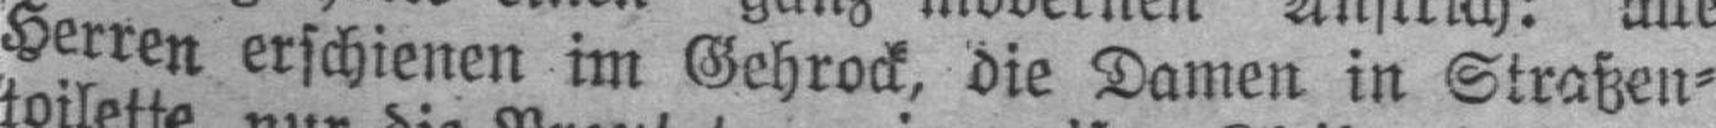
Herren erschienen im Gehrock, die Damen in Straßen¬